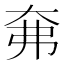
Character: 㚕